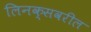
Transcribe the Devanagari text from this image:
लिनक्सवरील